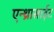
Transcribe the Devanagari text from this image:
एन्थ्रासाईट